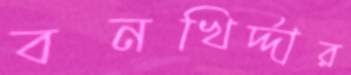
বনখির্দ্দার